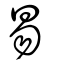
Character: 易